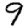
Digit: 9